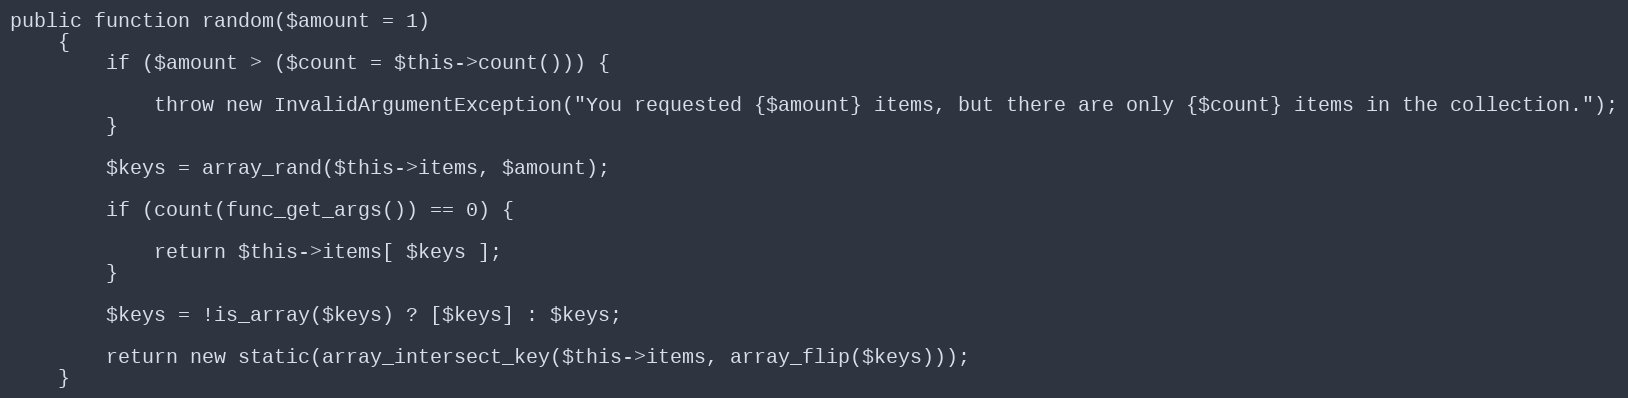
Language: PHP
public function random($amount = 1)
    {
        if ($amount > ($count = $this->count())) {

            throw new InvalidArgumentException("You requested {$amount} items, but there are only {$count} items in the collection.");
        }

        $keys = array_rand($this->items, $amount);

        if (count(func_get_args()) == 0) {

            return $this->items[ $keys ];
        }

        $keys = !is_array($keys) ? [$keys] : $keys;

        return new static(array_intersect_key($this->items, array_flip($keys)));
    }